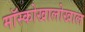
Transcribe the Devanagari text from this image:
मॉस्कोखालोखाल